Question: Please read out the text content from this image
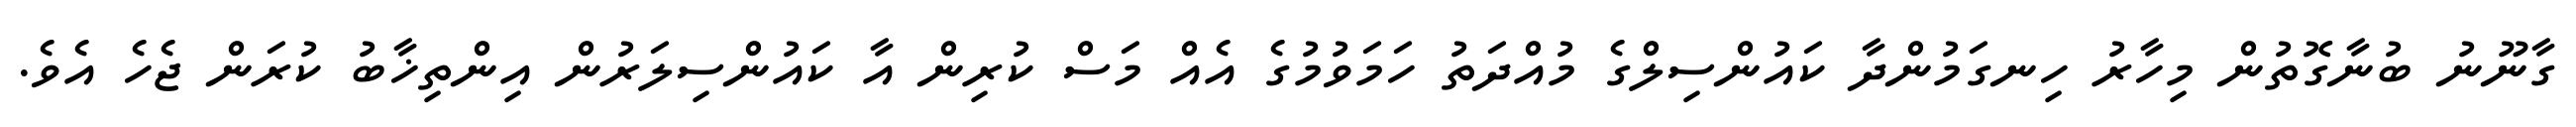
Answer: ގާނޫނު ބުނާގޮތުން މިހާރު ހިނގަމުންދާ ކައުންސިލްގެ މުއްދަތު ހަމަވުމުގެ އެއް މަސް ކުރިން އާ ކައުންސިލަރުން އިންތިޚާބު ކުރަން ޖެހެ އެވެ.